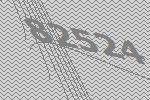
82524